Leningradi_Edasi_toimetus, lk 26
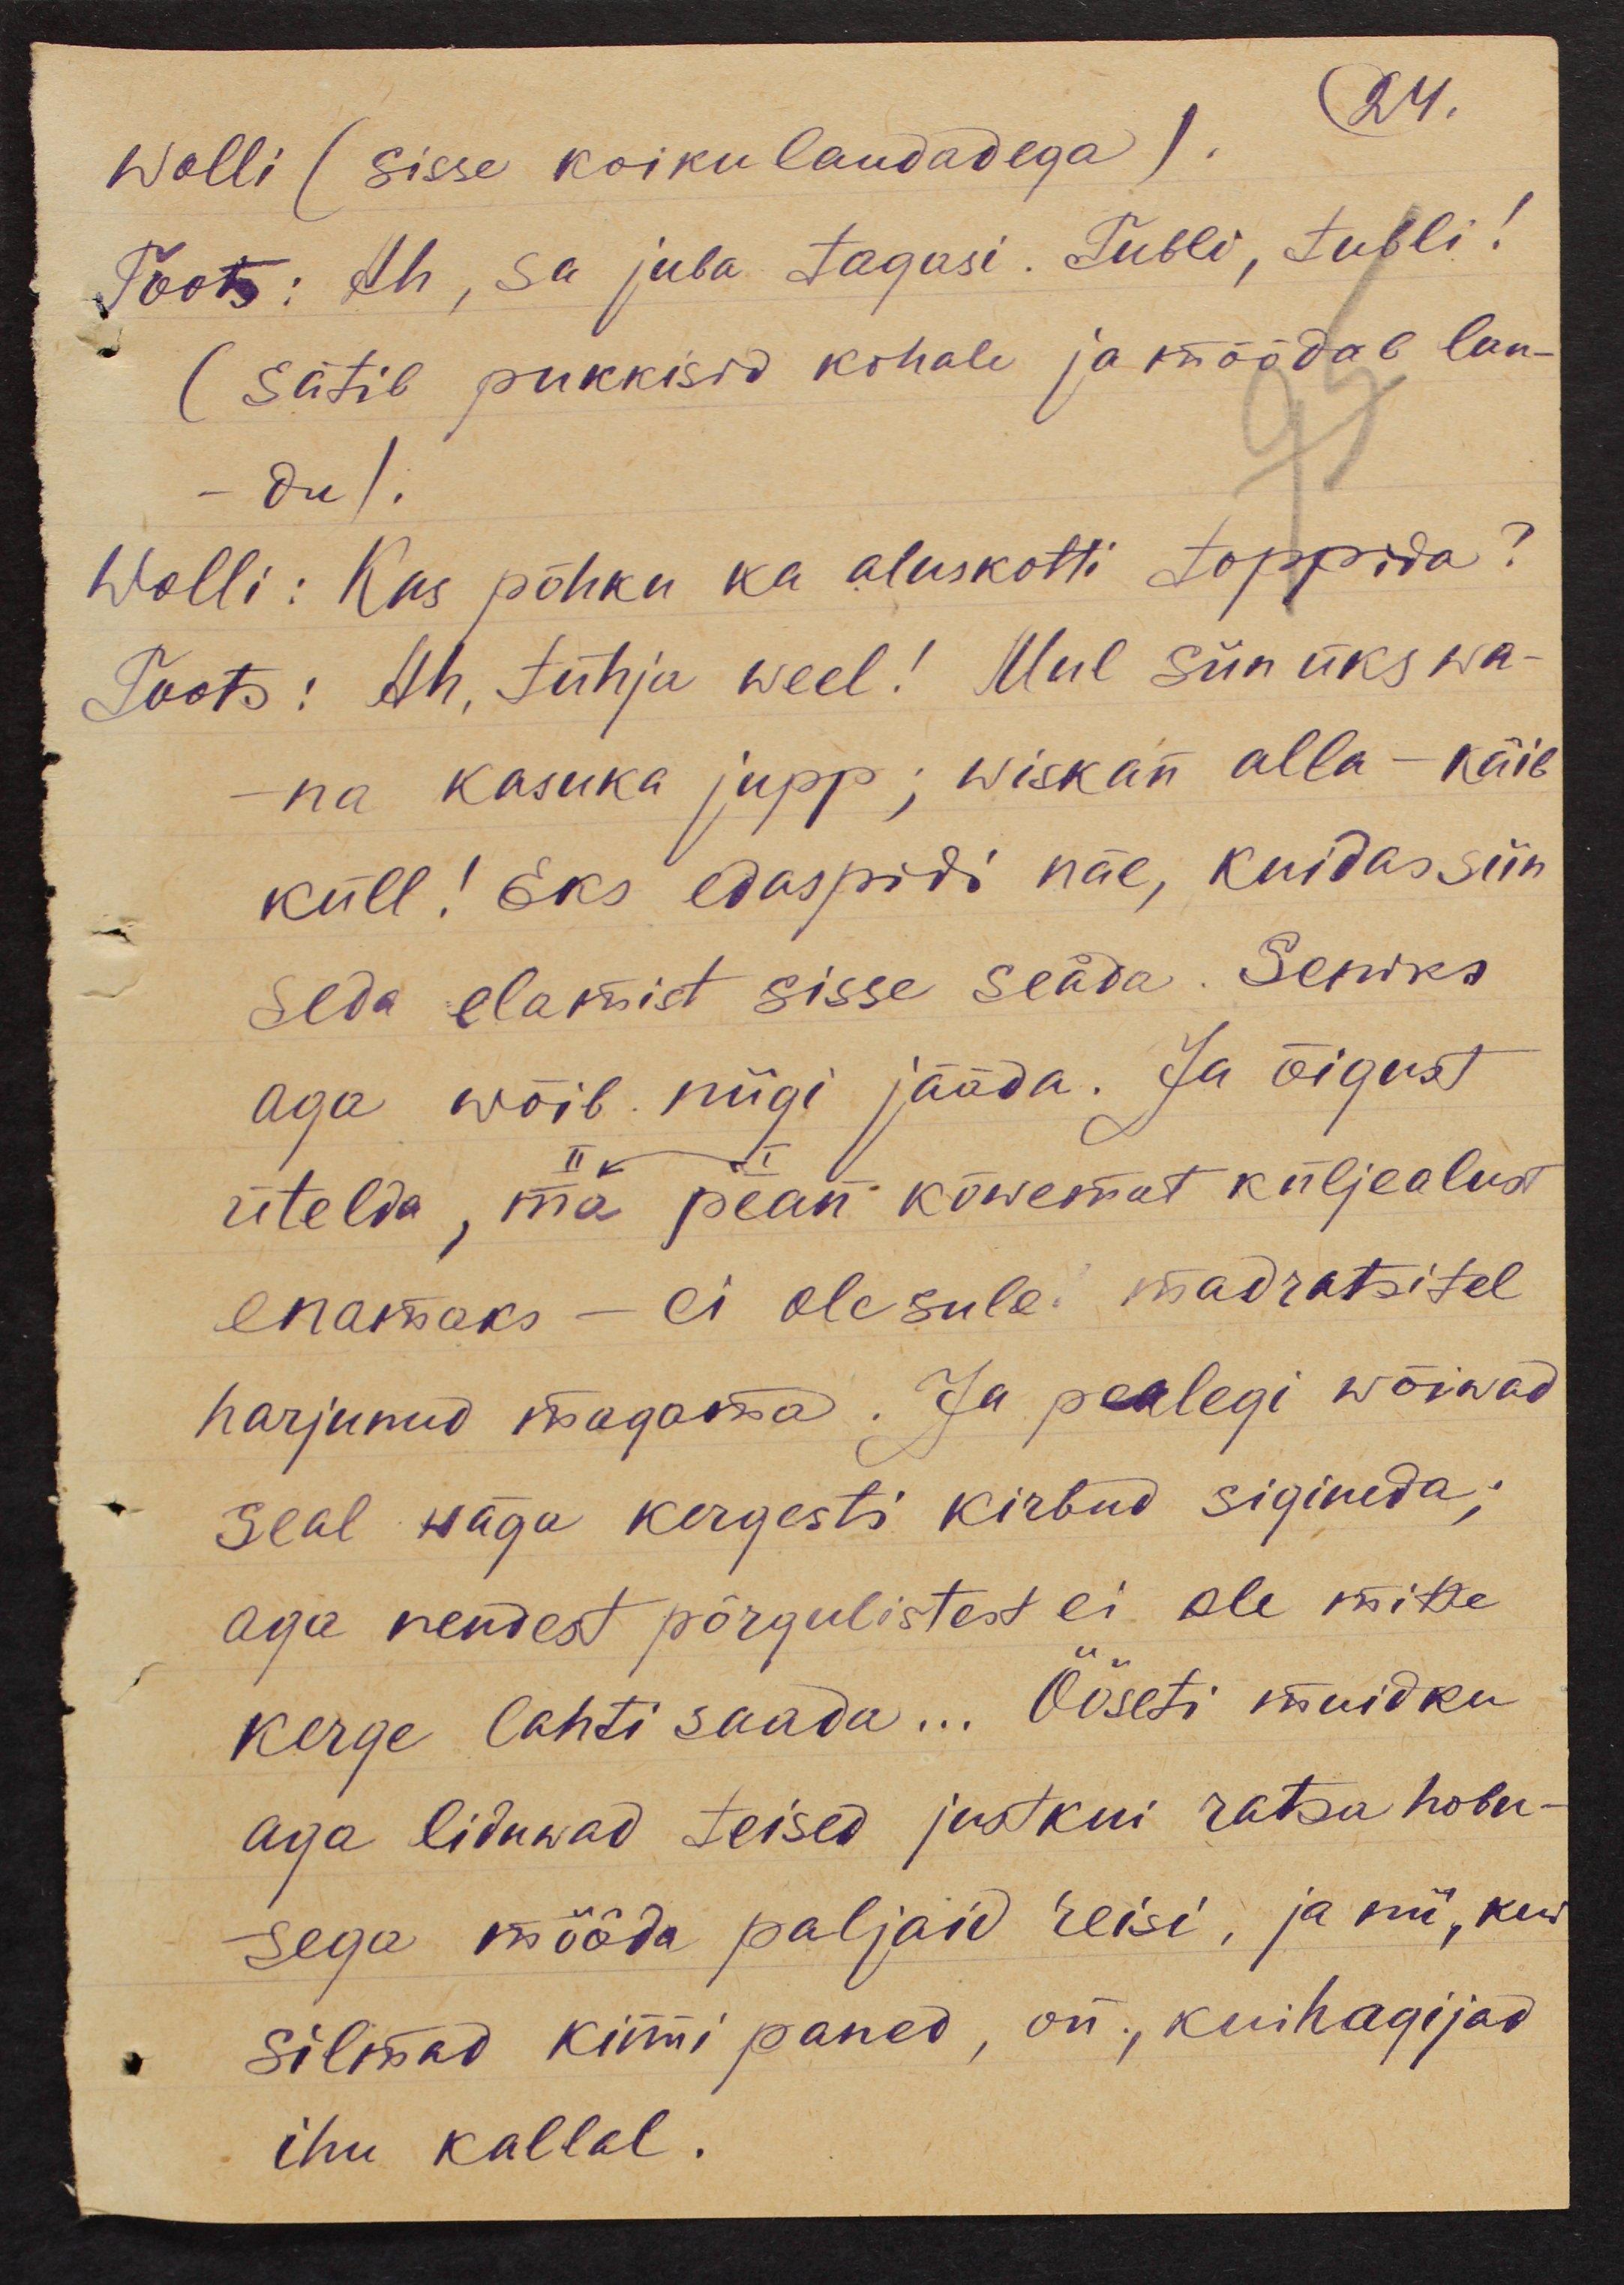
24.
Wolli (sisse koiku laudadega).
Toots: Ah, sa juba tagasi. Tubli, tubli!
(sätib pukkisid kohale ja mõõdab lau-
-du).
Wolli: Kas põhku ka aluskotti toppida?
Toots: Ah, tühja weel! Mul siin üks wa-
na kasuka jupp; wiskan alla - käib
küll! Eks edaspidi näe, kuidas siin
seda elamist sisse seäda. Seniks
aga wõib niigi jääda. Ja õigust
II <-> I
ütelda, ma pean kõwemat küljealust
enamaks - ei ole sule. madratsitel
harjunud magama. Ja pealegi wõiwad
seal wäga kergesti kirbud sigineda;
aga nendest põrgulistest ei ole mitte
kerge lahti saada... Ööseti muidku
aga liduwad teised justkui ratsa hobu-
sega mööda paljaid reisi, ja nii, kui
silmad kinni paned, on., kui hagijad
ihu kallal.